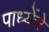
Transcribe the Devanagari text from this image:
पाध्येंचे